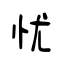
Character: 忧